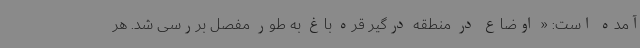
آمده است: « اوضاع در منطقه درگیر قره باغ به طور مفصل بررسی شد. هر